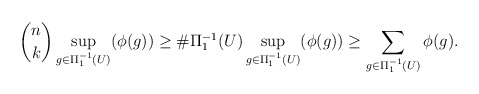
\begin{align*} \binom{n}{k}\sup_{g\in\Pi_1^{-1}(U)}(\phi(g))\geq \#\Pi_1^{-1}(U)\sup_{g\in\Pi_1^{-1}(U)}(\phi(g))\geq\sum_{g\in\Pi_1^{-1}(U)}\phi(g).\end{align*}